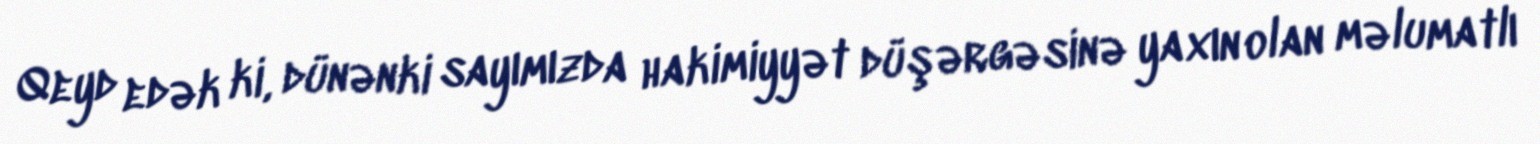
Qeyd edək ki, dünənki sayımızda hakimiyyət düşərgəsinə yaxın olan məlumatlı